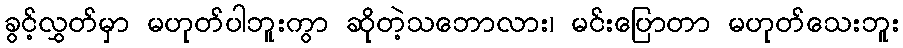
ခွင့်လွှတ်မှာ မဟုတ်ပါဘူးကွာ ဆိုတဲ့သဘောလား၊ မင်းပြောတာ မဟုတ်သေးဘူး